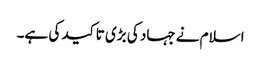
اسلام نے جہاد کی بڑی تاکید کی ہے۔